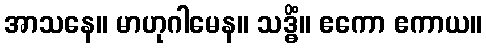
အာသနေ။ မာဟုဂါမေန။ သဒ္ဓိံ။ ဧကော ဧကာယ။